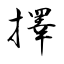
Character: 擇